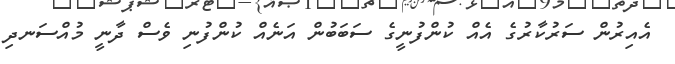
އެއިރުން ސަރުކާރުގެ އެއް ކުންފުނީގެ ސަބަބުން އަނެއް ކުންފުނި ވެސް ދާނީ މުއްސަނދި